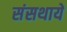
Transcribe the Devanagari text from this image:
संसथायें